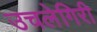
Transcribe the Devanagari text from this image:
उचलेगिरी